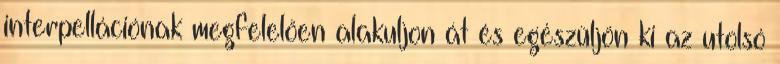
interpellációnak megfelelően alakuljon át és egészüljön ki az utolsó